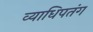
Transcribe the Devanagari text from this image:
व्याधिपतंग